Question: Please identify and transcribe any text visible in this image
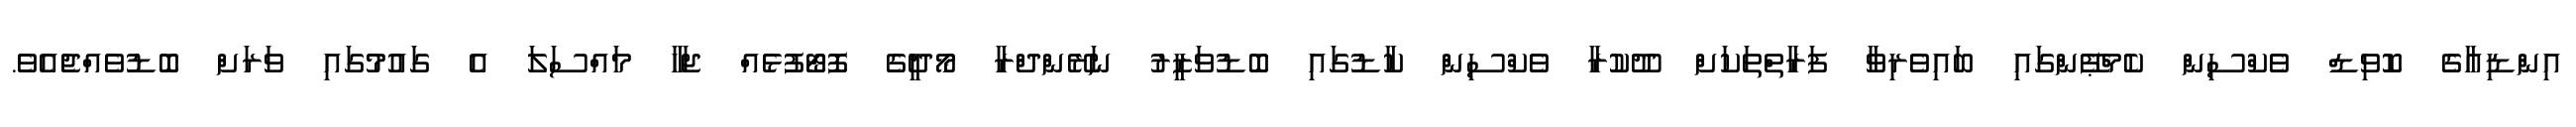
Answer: އިންޑިއާގެ ކޮވިޑް ވެކްސިން ކެމްޕޭންގައި ބައިވެރިވާ ފަރާތްތަކަށް ދޫކުރާ ވެކްސިން ކާޑުގައި ބޮޑުވަޒީރު ނަރޭންދްރާ މޯދީގެ ފޮޓޯފުޅެއް ޖަހާ މައްސަލަ އެ ގައުމުގައި ވަރަށް ބޮޑުވެއްޖެއެވެ.